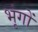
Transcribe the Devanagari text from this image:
भृंगों